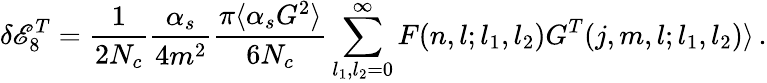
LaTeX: \delta\mathscr{E}_{8}^{T}={\frac{{1}}{{2N_{c}}}}{\frac{{\alpha_{s}}}{{4m^{2}}}}{\frac{{\pi\langle\alpha_{s}G^{2}\rangle}}{{6N_{c}}}}\sum_{l_{1},l_{2}=0}^{\infty}F(n,l;l_{1},l_{2})G^{T}(j,m,l;l_{1},l_{2})\rangle\, .